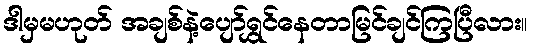
ဒါမှမဟုတ် အချစ်နဲ့ပျော်ရွှင်နေတာမြင်ချင်ကြပြီလား။